Mental hospitals Bombay report 1929-33 - 1929-1933
Year: 1929
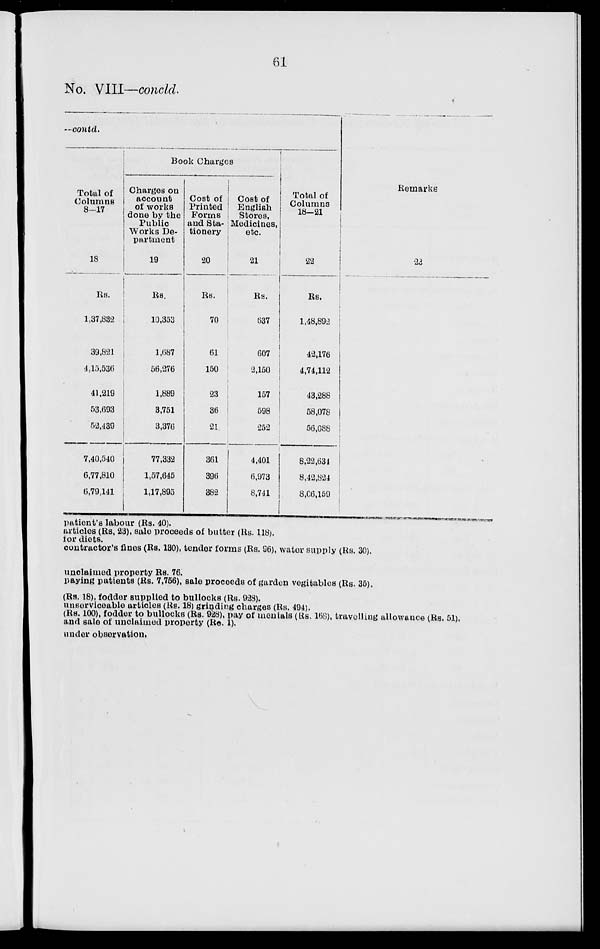
61
No. VIII—concld.
— contd .
Total of
Columns
8-17
18
Rs.
1,37,832
39,821
4,15,536
41,219
53,693
52,439
7,40,540
6,77,810
6,79,141
Book Charges
Charges on
account
of works
done by the
Public
Works Department
19
Rs.
10,353
1,687
56,276
1,889
3,751
3,376
77,332
1,57,645
1,17,895
Cost of
Printed
Forms
and Stationery
20
Rs.
70
61
150
23
36
21
361
396
382
Coat of
English
Stores,
Medicines,
etc.
21
Rs.
637
607
2,150
157
598
252
4,401
6,973
8,741
Total of
Columns
18—21
22
Rs.
1,48,892
42,176
4,74,112
43,288
58,078
56,088
8,22,634
8,42,824
8,06,159
Remarks
23
patient's labour (Rs. 40).
articles (Rs. 23), sale proceeds of butter (Rs. 118).
for diets.
contractor's fines (Rs. 130), tender forms (Rs. 96), water supply (Rs. 30).
unclaimed property Rs. 76.
paying patients (Rs. 7,756), sale proceeds of garden vegitables (Rs. 35).
(Rs. 18), fodder supplied to bullocks (Rs. 928).
unserviceable articles (Rs. 18) grinding charges (Rs. 494).
(Rs. 100), fodder to bullocks (Rs. 928), pay of menials (Rs. 168), travelling allowance (Rs. 51).
and sale of unclaimed property (Re. 1).
under observation.